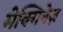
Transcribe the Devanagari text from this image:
मेक्गिनेज़